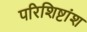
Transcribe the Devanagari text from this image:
परिशिष्टांश